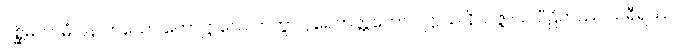
ပစ္ဆိမယာမံ ပန တယော ကောဋ္ဌာသေ ကတွာ ပုရေဘတ္တတော ပဋ္ဌာယ နိသဇ္ဇာယ ပီဠိတဿ သရီရဿ